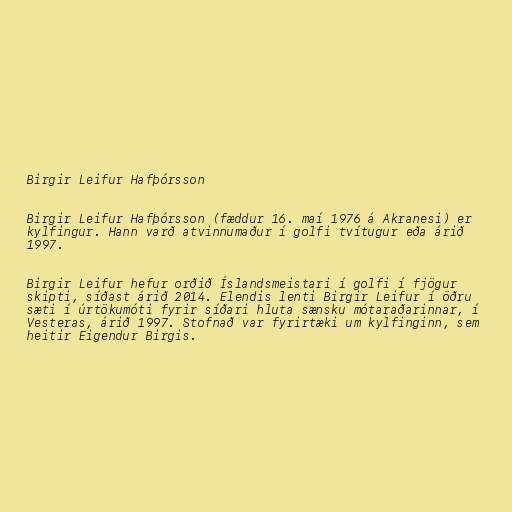
Birgir Leifur Hafþórsson

Birgir Leifur Hafþórsson (fæddur 16. maí 1976 á Akranesi) er
kylfingur. Hann varð atvinnumaður í golfi tvítugur eða árið
1997.

Birgir Leifur hefur orðið Íslandsmeistari í golfi í fjögur
skipti, síðast árið 2014. Elendis lenti Birgir Leifur í öðru
sæti í úrtökumóti fyrir síðari hluta sænsku mótaraðarinnar, í
Vesteras, árið 1997. Stofnað var fyrirtæki um kylfinginn, sem
heitir Eigendur Birgis.